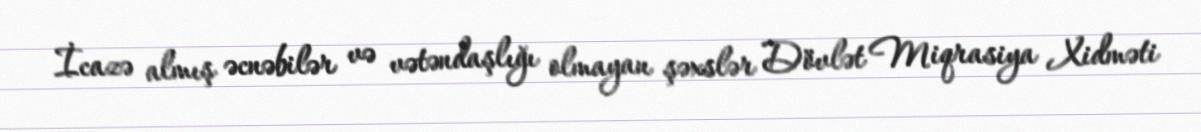
İcazə almış əcnəbilər və vətəndaşlığı olmayan şəxslər Dövlət Miqrasiya Xidməti